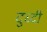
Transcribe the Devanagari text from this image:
दुध्दी